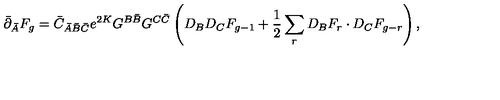
\bar { \partial } _ { \bar { A } } F _ { g } = \bar { C } _ { \bar { A } \bar { B } \bar { C } } e ^ { 2 K } G ^ { B \bar { B } } G ^ { C \bar { C } } \left( D _ { B } D _ { C } F _ { g - 1 } + \frac { 1 } { 2 } \sum _ { r } D _ { B } F _ { r } \cdot D _ { C } F _ { g - r } \right) ,